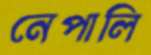
নেপালি